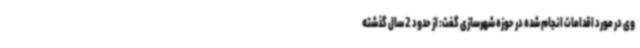
وی در مورد اقدامات انجام شده در حوزه شهرسازی گفت: از حدود 2 سال گذشته